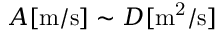
A [ \mathrm { m / s } ] \sim D [ \mathrm { m ^ { 2 } / s } ]